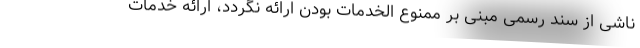
ناشی از سند رسمی مبنی بر ممنوع الخدمات بودن ارائه نگردد، ارائه خدمات